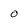
Character: O